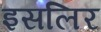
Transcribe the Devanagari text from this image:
इसलिर